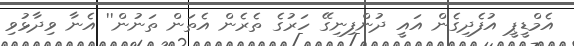
އެމްޑީޕީ އުފެދިގެން އައީ ދުންފިނިގޭ ހަރުގެ ތެރެން އެތަން ތަނުން'' އެނާ ވިދާޅުވި